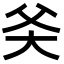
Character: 𬋻